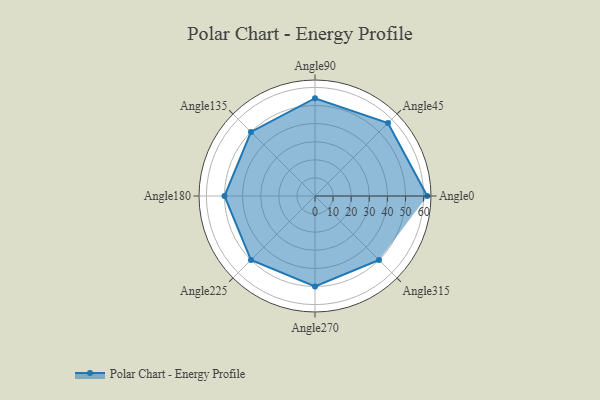
{"axis": {"x": "Angle", "y": "Radius"}, "legend": [""], "data": [{"x": "Angle0", "y": 62.0, "type": ""}, {"x": "Angle45", "y": 57.0, "type": ""}, {"x": "Angle90", "y": 54.0, "type": ""}, {"x": "Angle135", "y": 50, "type": ""}, {"x": "Angle180", "y": 50, "type": ""}, {"x": "Angle225", "y": 50, "type": ""}, {"x": "Angle270", "y": 50, "type": ""}, {"x": "Angle315", "y": 50, "type": ""}]}